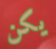
يكن